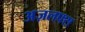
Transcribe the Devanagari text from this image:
अज़लफ्स